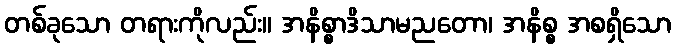
တစ်ခုသော တရားကိုလည်း။ အနိစ္စာဒိသာမညတော၊ အနိစ္စ အစရှိသော